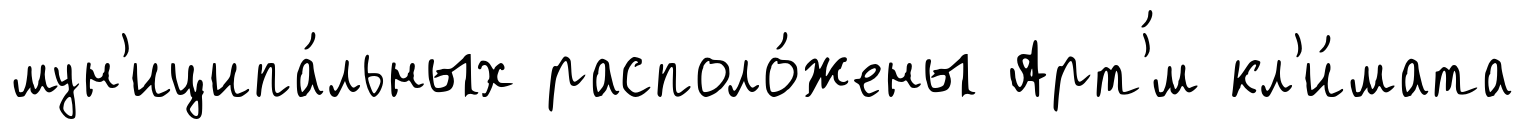
мун'иципа́льных располо́жены Арт'́м кл'и́мата